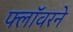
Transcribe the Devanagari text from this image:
फ्लॉवरने